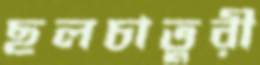
ছলচাতুরী